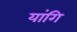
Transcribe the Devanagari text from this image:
यांगि